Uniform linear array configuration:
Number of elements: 48
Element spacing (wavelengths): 0.5
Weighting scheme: hann
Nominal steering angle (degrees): -60
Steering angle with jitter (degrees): -59.927
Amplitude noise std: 0.05
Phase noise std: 0.05

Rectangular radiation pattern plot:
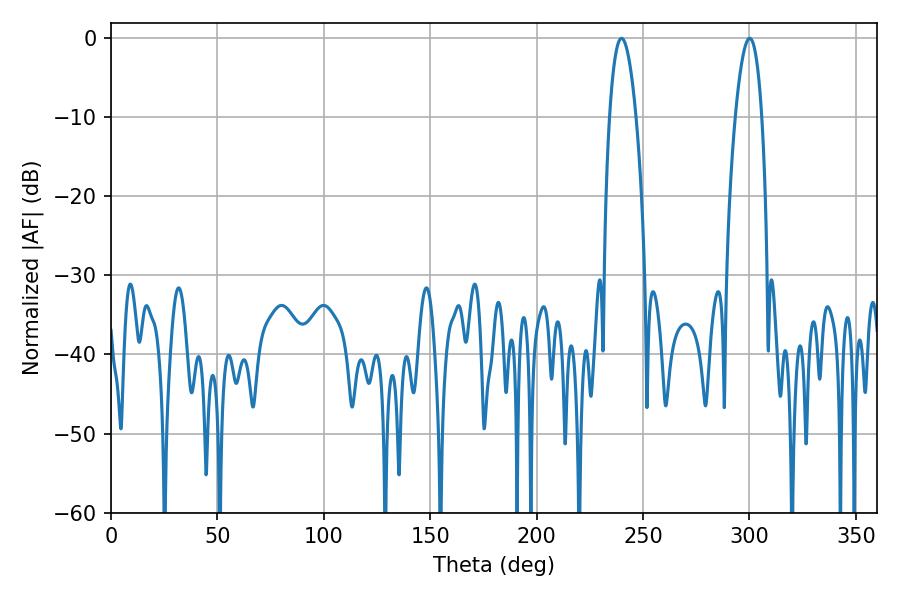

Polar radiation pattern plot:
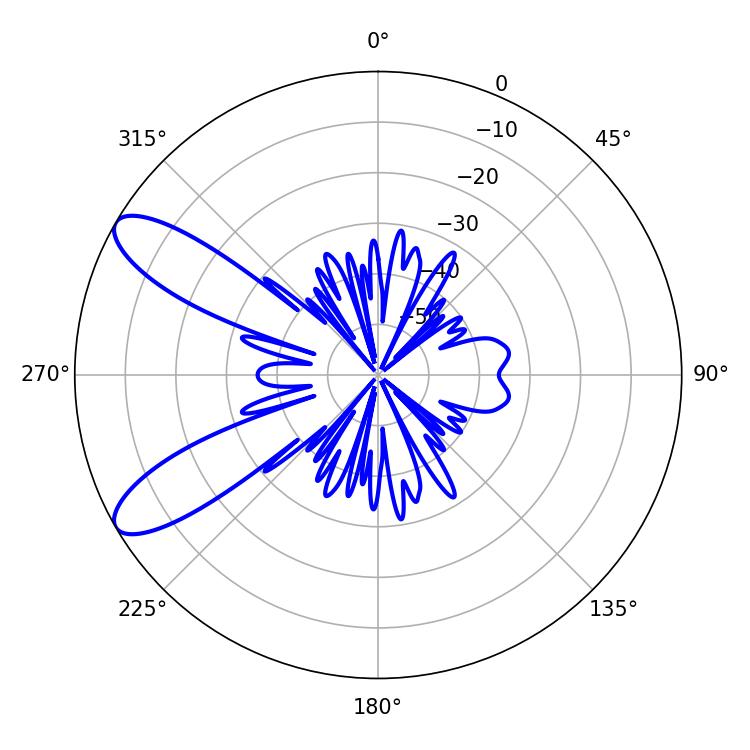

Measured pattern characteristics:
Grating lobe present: FALSE
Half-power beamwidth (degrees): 6.84
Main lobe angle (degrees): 239.94